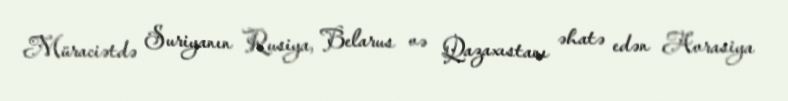
Müraciətdə Suriyanın Rusiya, Belarus və Qazaxıstanı əhatə edən Avrasiya